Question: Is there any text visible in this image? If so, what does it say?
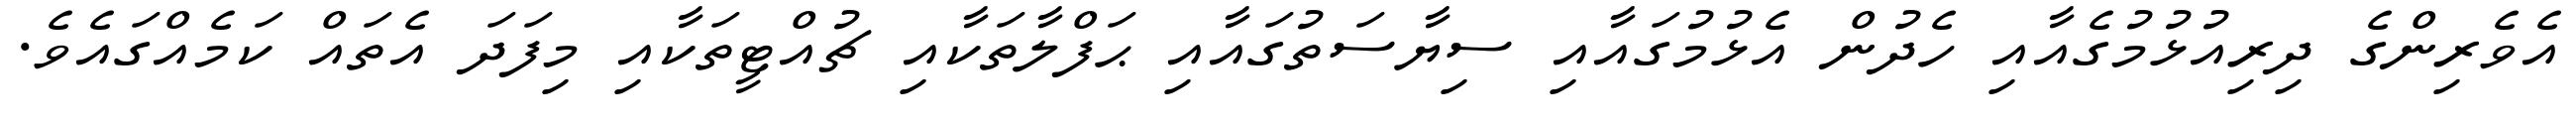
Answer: އެވެރިންގެ ދިރިއުޅުމުގެއާއި ހެދުން އެޅުމުގައާއި ސިޔާސަތުގައާއި ޙަފްލާތަކާއި ޗުއްޓީތަކާއި މިފަދަ އެތައް ކަމެއްގައެވެ.